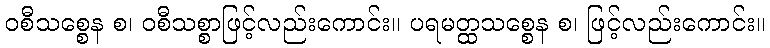
ဝစီသစ္စေန စ၊ ဝစီသစ္စာဖြင့်လည်းကောင်း။ ပရမတ္ထသစ္စေန စ၊ ဖြင့်လည်းကောင်း။